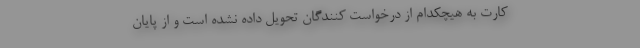
کارت به هیچکدام از درخواست کنندگان تحویل داده نشده است و از پایان